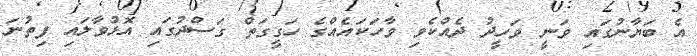
އެ ބަޔާނުގައި ވަނީ ވަހީދު ދެއްކެވި ވާހަކައެއްގެ ހަގީގަތް ގަސްދުގައި އޮޅުވާލައި ފިތުނަ